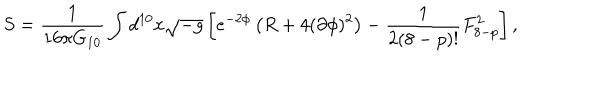
S = \frac { 1 } { 1 6 \pi G _ { 1 0 } } \int d ^ { 1 0 } x \sqrt { - g } \left[ e ^ { - 2 \phi } \left( R + 4 ( \partial \phi ) ^ { 2 } \right) - \frac { 1 } { 2 ( 8 - p ) ! } F _ { 8 - p } ^ { 2 } \right] ,